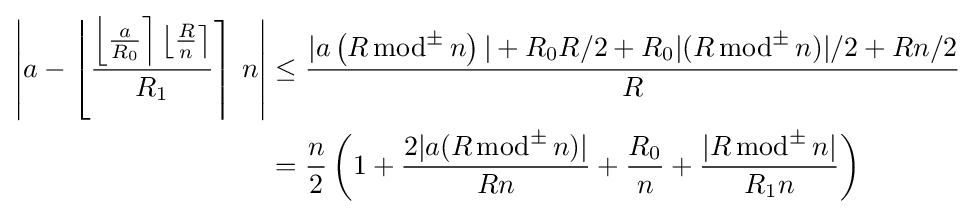
{\begin{aligned}\left|a-\left\lfloor {\frac {\left\lfloor {\frac {a}{R_{0}}}\right\rceil \left\lfloor {\frac {R}{n}}\right\rceil }{R_{1}}}\right\rceil \,n\right|&\leq {\frac {|a\left(R\,{\text{mod}}^{\pm }\,n\right)|+R_{0}R/2+R_{0}|(R\,{\text{mod}}^{\pm }\,n)|/2+Rn/2}{R}}\\&={\frac {n}{2}}\left(1+{\frac {2|a(R\,{\text{mod}}^{\pm }\,n)|}{Rn}}+{\frac {R_{0}}{n}}+{\frac {|R\,{\text{mod}}^{\pm }\,n|}{R_{1}n}}\right)\end{aligned}}